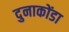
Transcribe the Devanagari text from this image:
दुनाकोंडा